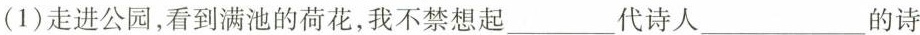
(1)走进公园，看到满池的荷花，我不禁想起___代诗人___的诗